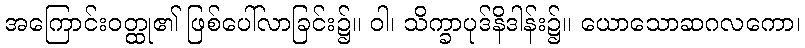
အကြောင်းဝတ္ထု၏ ဖြစ်ပေါ်လာခြင်း၌။ ဝါ၊ သိက္ခာပုဒ်နိဒါန်း၌။ ယောသောဆဂလကော၊